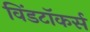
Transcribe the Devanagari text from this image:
विंडटॉकर्स